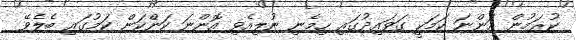
ކުރަމުން އަންނަ ކަމަކީ ގަވައިދުގައި ހިމެނި ނުލިއެވި އޮންނަ ކަންކަން ކަމުގައި ބެލެވޭ